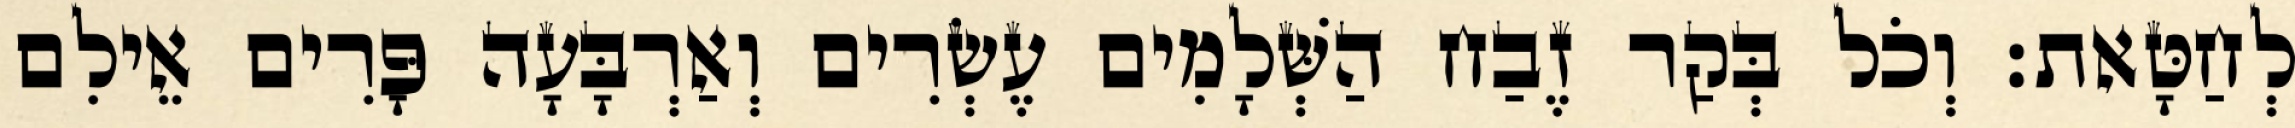
לְחַטָּאת׃ וְכֹל בְּקַר זֶבַח הַשְּׁלָמִים עֶשְׂרִים וְאַרְבָּעָה פָּרִים אֵילִם